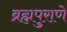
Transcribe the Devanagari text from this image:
ब्रह्मपुराणे